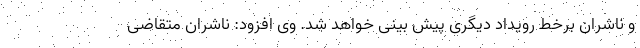
و ناشران برخط رویداد دیگری پیش بینی خواهد شد. وی افزود: ناشران متقاضی